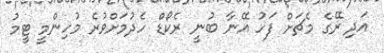
އަދި ރޭގެ މެޗަށް ފަހު އޭނާ ބުނީ ރެކޯޑް ހެދުމަށްވުރެ މުހިންމީ ޓީމު